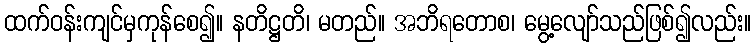
ထက်ဝန်းကျင်မှကုန်စေ၍။ နတိဋ္ဌတိ၊ မတည်။ အဘိရတောစ၊ မွေ့လျော်သည်ဖြစ်၍လည်း။